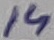
Text: 14